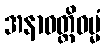
အနာဝတ္တိဓမ္မံ